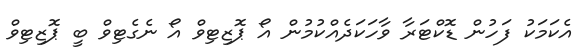
އެކަމަކު ފަހުން ޑޮކްޓަރާ ވާހަކަދެއްކުމުން އޯ ޕޮޒިޓިވް އޯ ނެގެޓިވް ބީ ޕޮޒިޓިވް